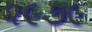
૨૯૭૯